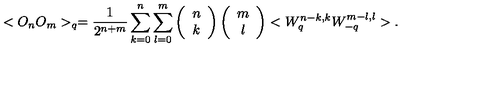
< O _ { n } O _ { m } > _ { q } = \frac { 1 } { 2 ^ { n + m } } \sum _ { k = 0 } ^ { n } \sum _ { l = 0 } ^ { m } \left( \begin{array} { c } { n } \\ { k } \\ \end{array} \right) \left( \begin{array} { c } { m } \\ { l } \\ \end{array} \right) < W _ { q } ^ { n - k , k } W _ { - q } ^ { m - l , l } > .